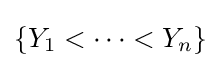
\{Y_{1}<\cdots <Y_{n}\}